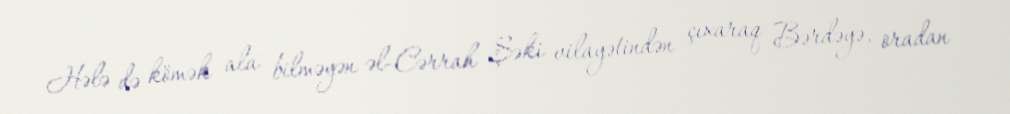
Hələ də kömək ala bilməyən əl-Cərrah Şəki vilayətindən çıxaraq Bərdəyə, oradan